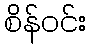
စိန်ဝင်း